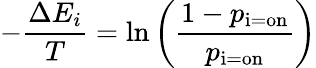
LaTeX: -{\frac{\Delta E_{i}}{T}}=\ln\left({\frac{1-p_{\mathrm{i=on}}}{p_{\mathrm{i=on}}}}\right)